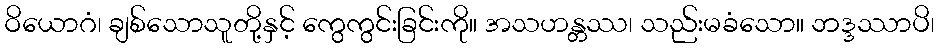
ဝိယောဂံ၊ ချစ်သောသူတို့နှင့် ကွေကွင်းခြင်းကို။ အသဟန္တဿ၊ သည်းမခံသော။ ဘဒ္ဒဿာပိ၊